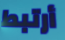
أرتبط